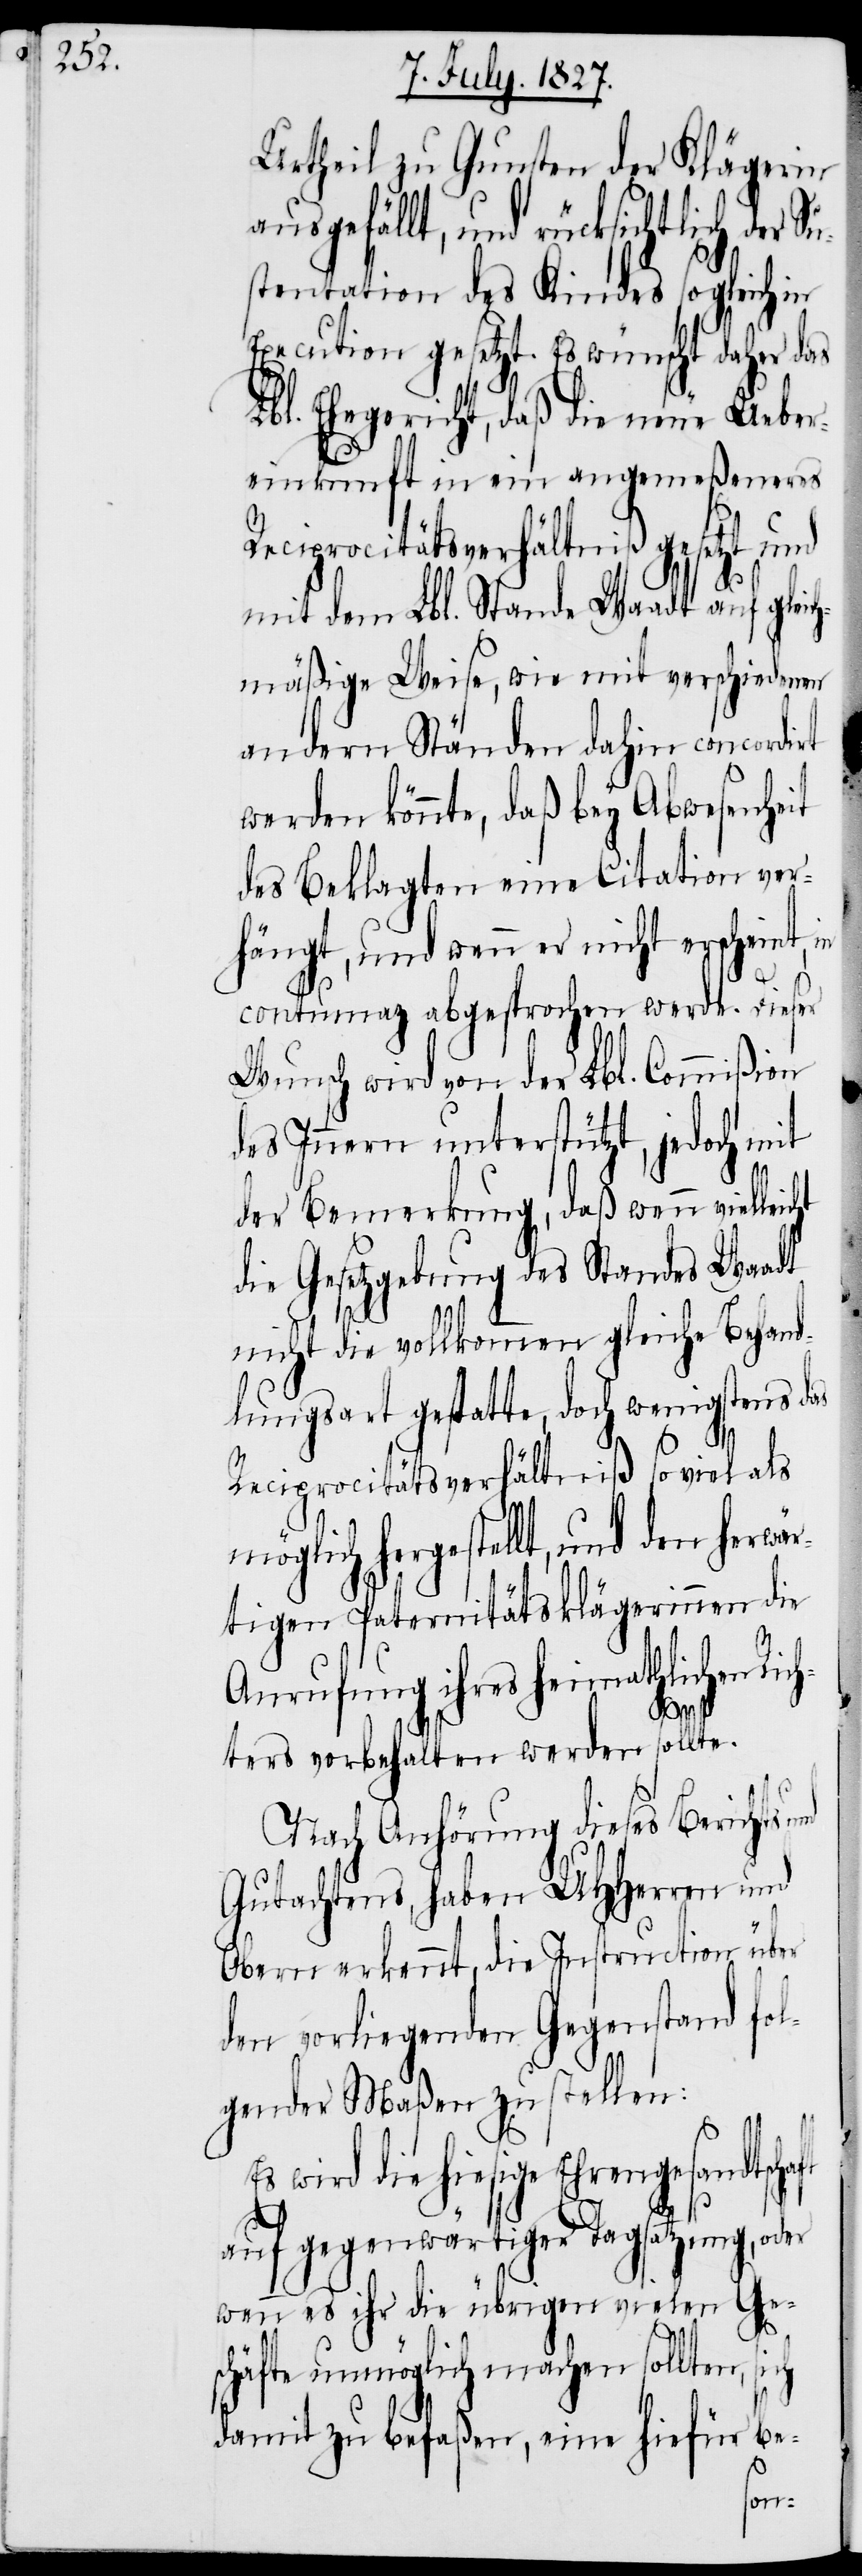
Urtheil zu Gunsten der Klägerin
ausgefällt, und rücksichtlich der S¬
stentation des Kindes sogleich in
Execution gesetzt. Es wünscht daher das
Lbl. Ehegericht, daß die neue Ueber¬
einkunft in ein angemeßenes
Reciprocitätsverhältniß gesetzt und
mit dem Lbl. Stande Waadt auf glei¬
mäßige Weise, wie mit verschiedenen
andern Ständen dahin concordirt
werden könnte, daß bey Abwesenheit
des Beklagten eine Citation ver¬
hängt, und wenn er nicht erscheint, in
contumaz abgesprochen werde. Dieser
Wunsch wird von der Lbl. Commißion
des Innern unterstützt, jedoch mit
der Bemerkung, daß wenn viel¬
die Gesetzgebung des Standes Waadt
nicht die vollkommen gleiche Behand¬
lungsart gestatte, doch wenigstens das
Reciprocitätsverhältniß soviel als
möglich hergestellt, und den herwär¬
tigen Paternitätsklägerinnen die
Anrufung ihres heimathlichen Ric¬
sich
hters vorbehalten werden sollte.
Nach Anhörung dieses Berichts
Gutachtens, haben UHHerren und
Obern erkennt, die Instruction über
den vorliegenden Gegenstand fol¬
gender Maßen zu stellen:
wird die hiesige Ehrengesan¬
auf gegenwärtiger Tagsatzung, oder
wenn es ihr die übrigen vielen Ge¬
schäfte unmöglich machen sollten,
damit zu befaßen, eine hiefür be-
u¬